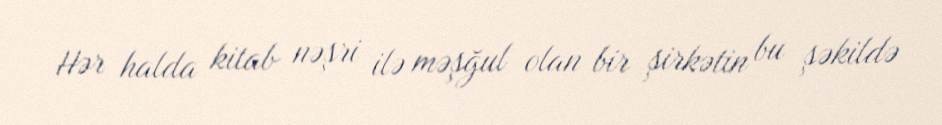
Hər halda kitab nəşri ilə məşğul olan bir şirkətin bu şəkildə